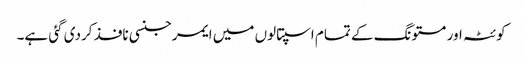
کوئٹہ اور مستونگ کے تمام اسپتالوں میں ایمرجنسی نافذ کردی گئی ہے۔